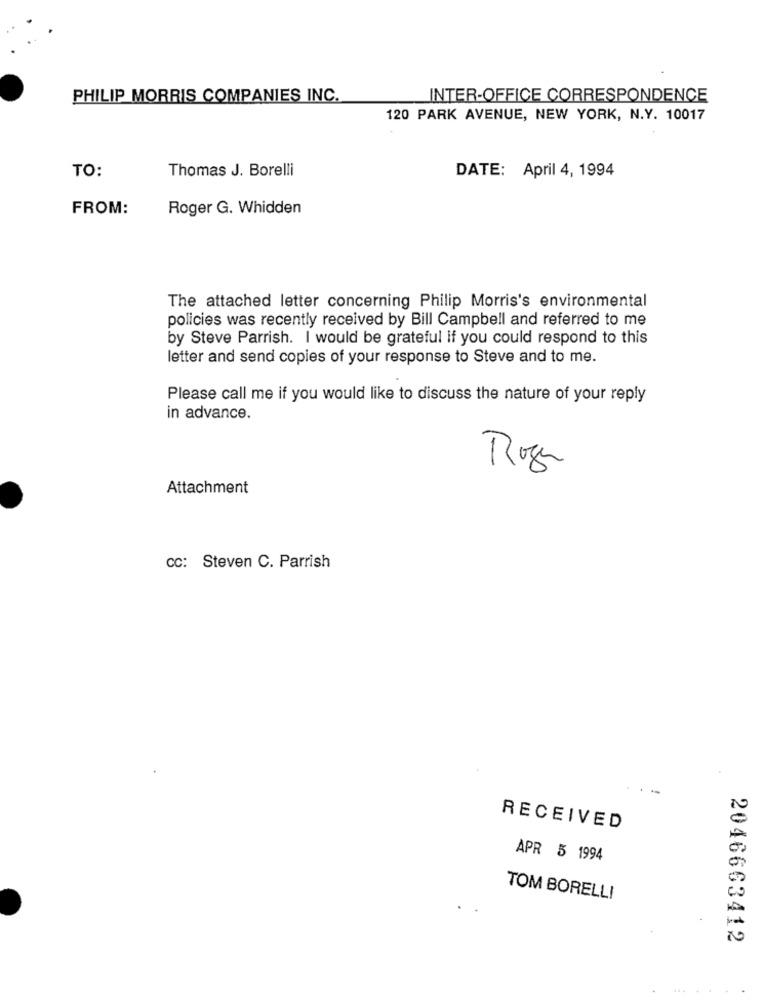
PHILIP MORRIS COMPANIES INC.
INTER-OFFICE CORRESPONDENCE
120 PARK AVENUE, NEW YORK, N.Y. 10017
TO:
Thomas J. Borelli
DATE: April 4, 1994
FROM:
Roger G. Whidden
The attached letter concerning Philip Morris's environmental
policies was recently received by Bill Campbell and referred to me
by Steve Parrish. I would be grateful if you could respond to this
letter and send copies of your response to Steve and to me.
Please call me if you would like to discuss the nature of your reply
in advance.
Roger
Attachment
CC: Steven C. Parrish
RECEIVED
APR 5 1994
TOM BORELLI
2046663412
....